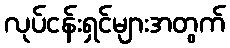
လုပ်ငန်းရှင်များအတွက်